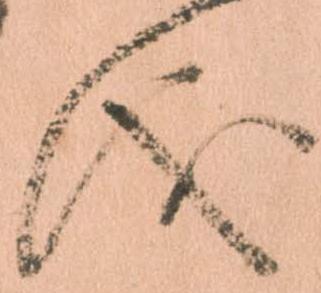
儀